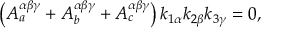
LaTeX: \left( { \cal A } _ { a } ^ { \alpha \beta \gamma } + { \cal A } _ { b } ^ { \alpha \beta \gamma } + { \cal A } _ { c } ^ { \alpha \beta \gamma } \right) k _ { 1 \alpha } k _ { 2 \beta } k _ { 3 \gamma } = 0 ,